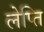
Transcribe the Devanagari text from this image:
लेप्ति